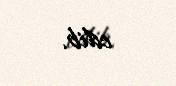
edib.